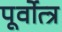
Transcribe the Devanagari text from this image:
पूर्वोत्त्र